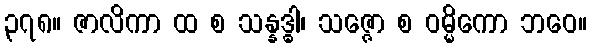
၃၇၈။ ဇာလိကာ ထ စ သန္နဒ္ဓါ၊ သဇ္ဇော စ ဝမ္မိကော ဘဝေ။